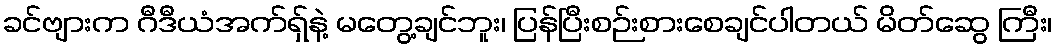
ခင်ဗျားက ဂီဒီယံအက်ရှ်နဲ့ မတွေ့ချင်ဘူး၊ ပြန်ပြီးစဉ်းစားစေချင်ပါတယ် မိတ်ဆွေ ကြီး၊